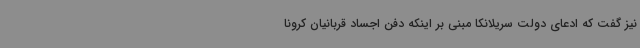
نیز گفت که ادعای دولت سریلانکا مبنی بر اینکه دفن اجساد قربانیان کرونا